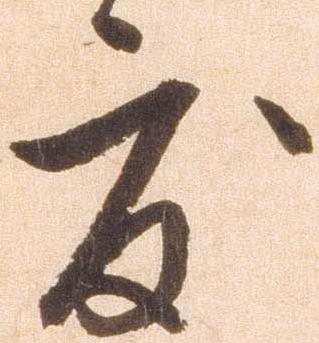
度